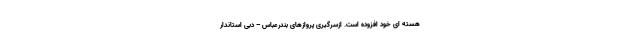
هسته ای خود افزوده است. ازسرگیری پروازهای بندرعباس – دبی استاندار